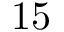
1 5